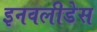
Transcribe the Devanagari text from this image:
इनवलीडेस